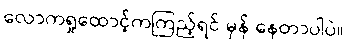
လောကရှုထောင့်ကကြည့်ရင် မှန် နေတာပါပဲ။